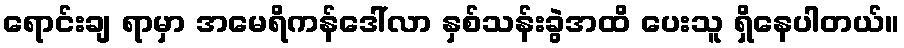
ရောင်းချ ရာမှာ အမေရိကန်ဒေါ်လာ နှစ်သန်းခွဲအထိ ပေးသူ ရှိနေပါတယ်။